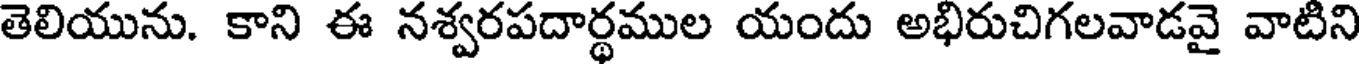
తెలియును. కాని ఈ నశ్వరపదార్థముల యందు అభిరుచిగలవాడవై వాటిని